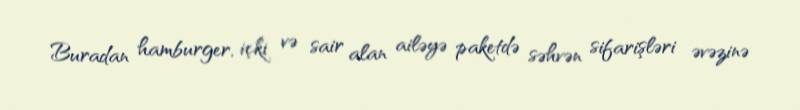
Buradan hamburger, içki və sair alan ailəyə paketdə səhvən sifarişləri əvəzinə